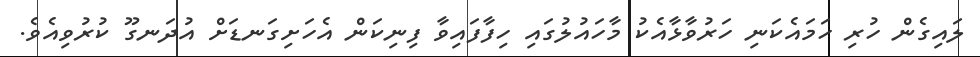
ލައިގެން ހުރި ހަމައެކަނި ހަރުވާޅާއެކު މާހައުލުގައި ހިފާފައިވާ ފިނިކަން އެހަށިގަނޑަށް އުދަނގޫ ކުރުވިއެވެ.